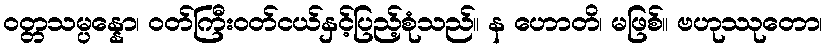
ဝတ္တသမ္ပန္နော၊ ဝတ်ကြီးဝတ်ငယ်နှင့်ပြည့်စုံသည်။ န ဟောတိ၊ မဖြစ်။ ဗဟုဿုတော၊